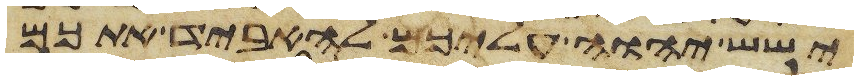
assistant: ישש יהוה עליכם להאביד אתכם